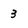
Character: 3